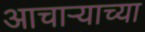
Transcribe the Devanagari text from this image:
आचार्‍याच्या